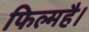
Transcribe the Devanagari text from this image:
फिल्महै।